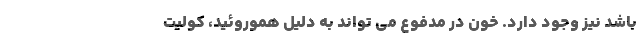
باشد نیز وجود دارد. خون در مدفوع می تواند به دلیل هموروئید، کولیت